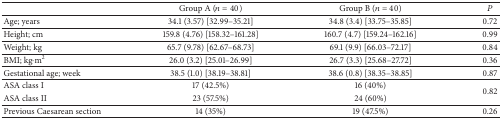
<table><thead><tr><td><b> </b></td><td><b>Group A (<i>n</i> = 40)</b></td><td><b>Group B (<i>n</i> = 40)</b></td><td><b><i>P</i></b></td></tr></thead><tbody><tr><td>Age; years</td><td>34.1 (3.57) [32.99–35.21]</td><td>34.8 (3.4) [33.75–35.85]</td><td>0.72</td></tr><tr><td>Height; cm</td><td>159.8 (4.76) [158.32–161.28]</td><td>160.7 (4.7) [159.24–162.16]</td><td>0.99</td></tr><tr><td>Weight; kg</td><td>65.7 (9.78) [62.67–68.73]</td><td>69.1 (9.9) [66.03–72.17]</td><td>0.84</td></tr><tr><td>BMI; kg·m<sup>2</sup></td><td>26.0 (3.2) [25.01–26.99]</td><td>26.7 (3.3) [25.68–27.72]</td><td>0.36</td></tr><tr><td>Gestational age; week</td><td>38.5 (1.0) [38.19–38.81]</td><td>38.6 (0.8) [38.35–38.85]</td><td>0.87</td></tr><tr><td>ASA class I</td><td>17 (42.5%)</td><td>16 (40%)</td><td rowspan="2">0.82</td></tr><tr><td>ASA class II</td><td>23 (57.5%)</td><td>24 (60%)</td></tr><tr><td>Previous Caesarean section</td><td>14 (35%)</td><td>19 (47.5%)</td><td>0.26</td></tr></tbody></table>